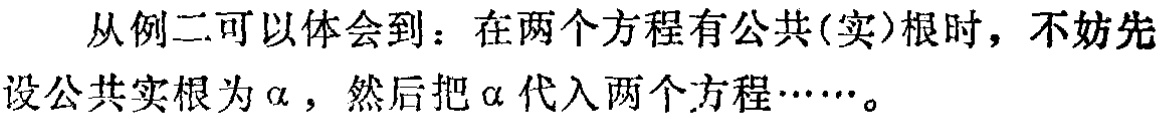
从例二可以体会到：在两个方程有公共(实)根时，不妨先设公共实根为\(\alpha\)，然后把\(\alpha\)代入两个方程……。